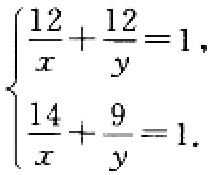
$\begin{cases}\frac{12}{x}+\frac{12}{y}=1,\\\frac{14}{x}+\frac{9}{y}=1.\end{cases}$